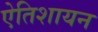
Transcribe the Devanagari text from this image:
एेतिशायन